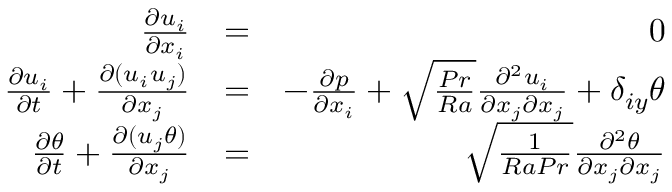
\begin{array} { r l r } { \frac { \partial u _ { i } } { \partial x _ { i } } } & { = } & { 0 } \\ { \frac { \partial u _ { i } } { \partial t } + \frac { \partial ( u _ { i } u _ { j } ) } { \partial x _ { j } } } & { = } & { - \frac { \partial p } { \partial x _ { i } } + \sqrt { \frac { P r } { R a } } \frac { \partial ^ { 2 } u _ { i } } { \partial x _ { j } \partial x _ { j } } + \delta _ { i y } \theta } \\ { \frac { \partial \theta } { \partial t } + \frac { \partial ( u _ { j } \theta ) } { \partial x _ { j } } } & { = } & { \sqrt { \frac { 1 } { R a P r } } \frac { \partial ^ { 2 } \theta } { \partial x _ { j } \partial x _ { j } } } \end{array}